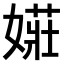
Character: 𫱡